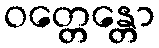
ဝတ္တေန္တော